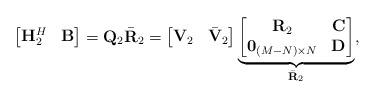
LaTeX: \begin{align*}\begin{bmatrix} \mathbf{H}_2^H & \mathbf{B} \end{bmatrix}=\mathbf{Q}_2\bar{\mathbf{R}}_2 =\begin{bmatrix} \mathbf{V}_2 &\bar{\mathbf{V}}_2\end{bmatrix} \underset{\bar{\mathbf{R}}_2}{\underbrace{\begin{bmatrix}\mathbf{R}_2 &\mathbf{C} \\ \mathbf{0}_{(M-N)\times N} & \mathbf{D}\end{bmatrix}}},\end{align*}